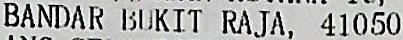
BANDAR BUKIT RAJA, 41050